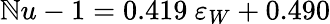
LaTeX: \mathbb{N}u-1=0.419\ \varepsilon_{W}+0.490